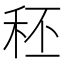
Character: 秠